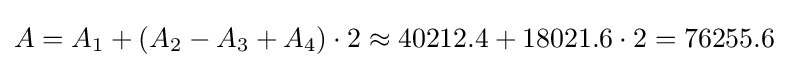
A=A_{1}+(A_{2}-A_{3}+A_{4})\cdot 2\approx 40212.4+18021.6\cdot 2=76255.6